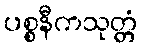
ပစ္စနီကသုတ္တံ